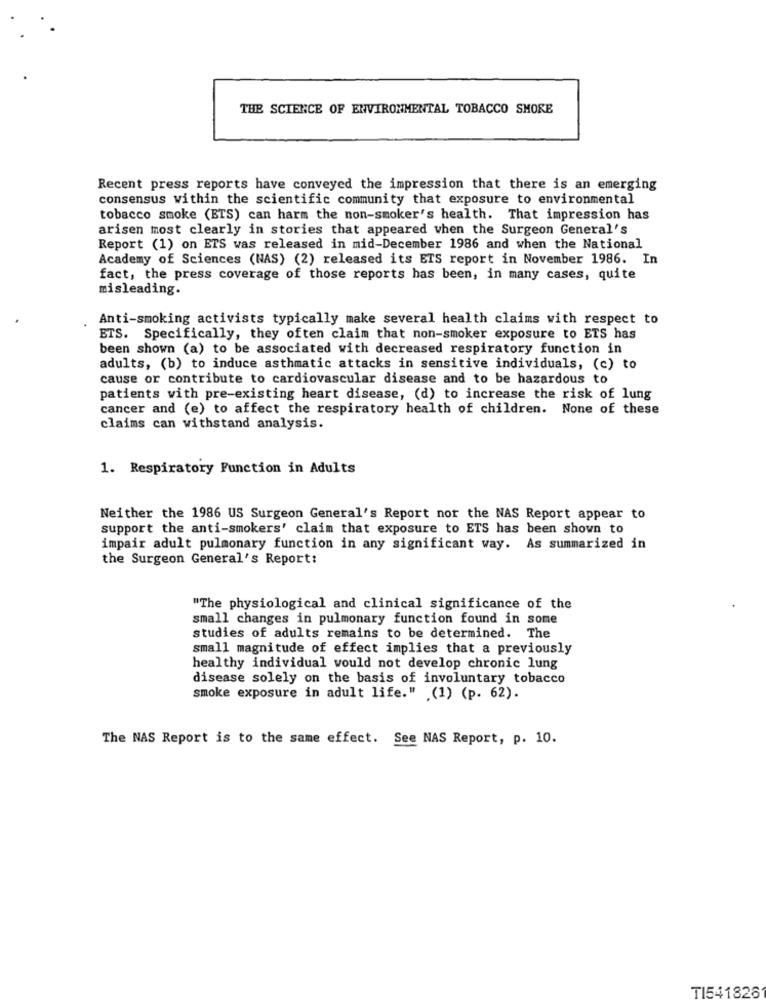
THE SCIENCE OF ENVIRONMENTAL TOBACCO SHORE
Recent press reports have conveyed the impression that there is an emerging
consensus within the scientific community that exposure to environmental
tobacco smoke (BTS) can harm the non-smoker's health. That impression has
arisen most clearly in stories that appeared when the Surgeon General's
Report (1) on ETS was released in mid-December 1986 and when the National
Academy of Sciences (NAS) (2) released its ETS report in November 1986. In
fact, the press coverage of those reports has been, in many cases, quite
misleading.
Anti-smoking activists typically make several health claims with respect to
BTS. Specifically, they often claim that non-smoker exposure to ETS has
been shown (a) to be associated with decreased respiratory function in
adults, (b) to induce asthmatic attacks in sensitive individuals, (c) to
cause or contribute to cardiovascular disease and to be hazardous to
patients with pre-existing heart disease, (d) to increase the risk of lung
cancer and (e) to affect the respiratory health of children. None of these
claims can withstand analysis.
1. Respiratory Function in Adults
Neither the 1986 US Surgeon General's Report nor the NAS Report appear to
support the anti-smokers' claim that exposure to ETS has been shown to
impair adult pulmonary function in any significant way. As summarized in
the Surgeon General's Report:
"The physiological and clinical significance of the
small changes in pulmonary function found in some
studies of adults remains to be determined. The
small magnitude of effect implies that a previously
healthy individual would not develop chronic lung
disease solely on the basis of involuntary tobacco
smoke exposure in adult life." .(1) (p. 62).
The NAS Report is to the same effect. See NAS Report, p. 10.
TI541826